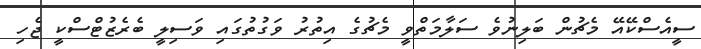
ސީއެސްކޭއޭ މެޗުން ބަލިނުވެ ސަލާމަތްވީ މެޗުގެ އިތުރު ވަގުތުގައި ވަސިލީ ބެރެޒުޓްސްކީ ޖެހި